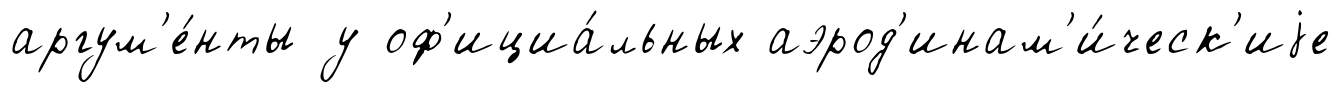
аргум'е́нты у оф'ициа́льных аэрод'инам'и́ческ'иjе